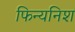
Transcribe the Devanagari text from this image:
फिन्यनिश